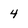
Character: 4